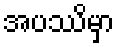
အပဿိမှာ